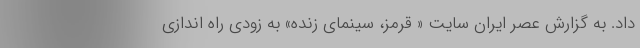
داد. به گزارش عصر ایران سایت « قرمز، سینمای زنده» به زودی راه اندازی